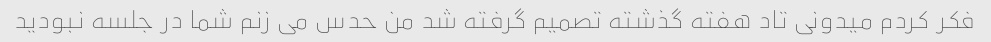
فکر کردم میدونی تاد هفته گذشته تصمیم گرفته شد من حدس می زنم شما در جلسه نبودید